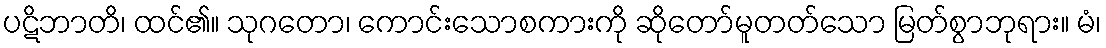
ပဋိဘာတိ၊ ထင်၏။ သုဂတော၊ ကောင်းသောစကားကို ဆိုတော်မူတတ်သော မြတ်စွာဘုရား။ မံ၊